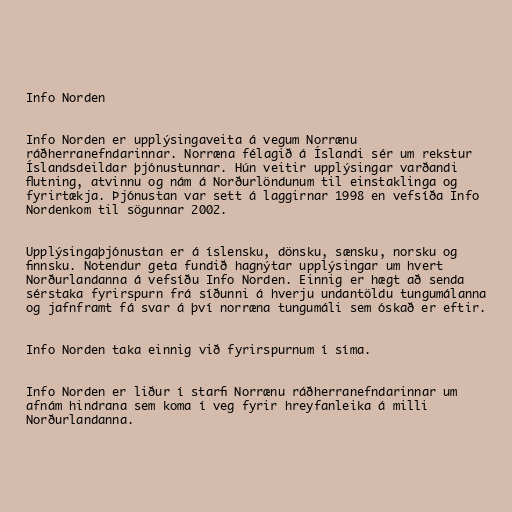
Info Norden

Info Norden er upplýsingaveita á vegum Norrænu
ráðherranefndarinnar. Norræna félagið á Íslandi sér um rekstur
Íslandsdeildar þjónustunnar. Hún veitir upplýsingar varðandi
flutning, atvinnu og nám á Norðurlöndunum til einstaklinga og
fyrirtækja. Þjónustan var sett á laggirnar 1998 en vefsíða Info
Nordenkom til sögunnar 2002.

Upplýsingaþjónustan er á íslensku, dönsku, sænsku, norsku og
finnsku. Notendur geta fundið hagnýtar upplýsingar um hvert
Norðurlandanna á vefsíðu Info Norden. Einnig er hægt að senda
sérstaka fyrirspurn frá síðunni á hverju undantöldu tungumálanna
og jafnframt fá svar á því norræna tungumáli sem óskað er eftir.

Info Norden taka einnig við fyrirspurnum í síma.

Info Norden er liður í starfi Norrænu ráðherranefndarinnar um
afnám hindrana sem koma í veg fyrir hreyfanleika á milli
Norðurlandanna.